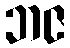
ဘဇ